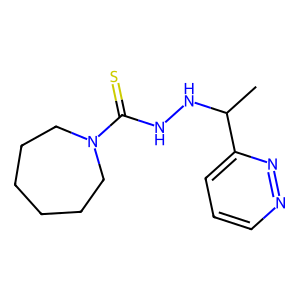
SMILES: CC(NNC(=S)N1CCCCCC1)c1cccnn1
Inhibits HIV replication: No